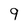
Character: 9